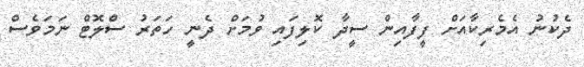
ދެކުނު އެމެރިކާއަށް ފީފާއިން ސީދާ ކޮލިފައި ވުމަށް ދެނީ ހަތަރު ސްލޮޓް ނަމަވެސް